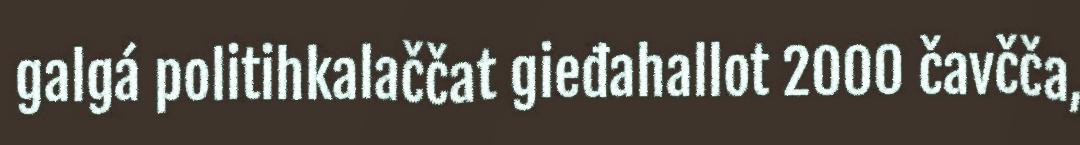
galgá politihkalaččat gieđahallot 2000 čavčča,